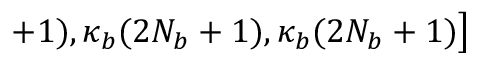
+ 1 ) , \kappa _ { b } ( 2 N _ { b } + 1 ) , \kappa _ { b } ( 2 N _ { b } + 1 ) \big ]